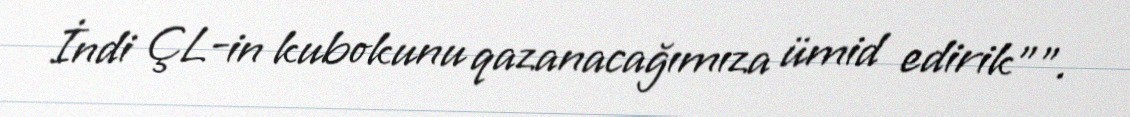
İndi ÇL-in kubokunu qazanacağımıza ümid edirik"".